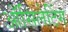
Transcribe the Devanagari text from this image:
ऑसिलेटिंग